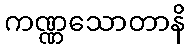
ကဏ္ဏသောတာနိ